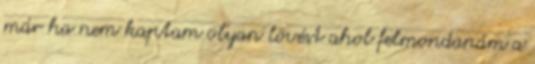
már ha nem kaptam olyan lövést ahol felmondanám a